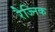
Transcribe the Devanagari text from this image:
रैज्निक